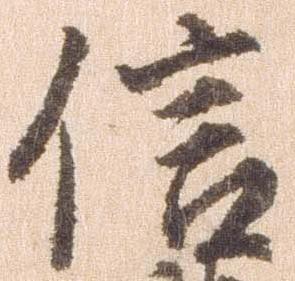
信